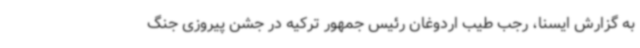
به گزارش ایسنا، رجب طیب اردوغان رئیس جمهور ترکیه در جشن پیروزی جنگ